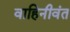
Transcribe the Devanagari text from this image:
वाहिनीवंत